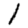
Digit: 1